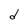
Character: d